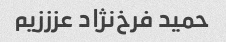
حمید فرخ‌نژاد عزززیم